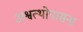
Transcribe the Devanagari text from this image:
अश्वत्थोपासना